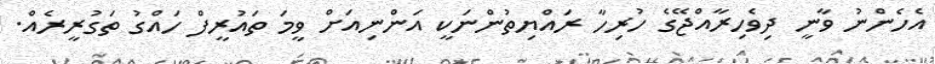
އެހެންނު ވާނީ ދިވެހިރާއްޖޭގެ ހުރިހާ ރައްޔިތުންނަކީ އަންނިއަށް ވީމަ ތައުރީފް ހައްގު ތަގުރީރެއް.